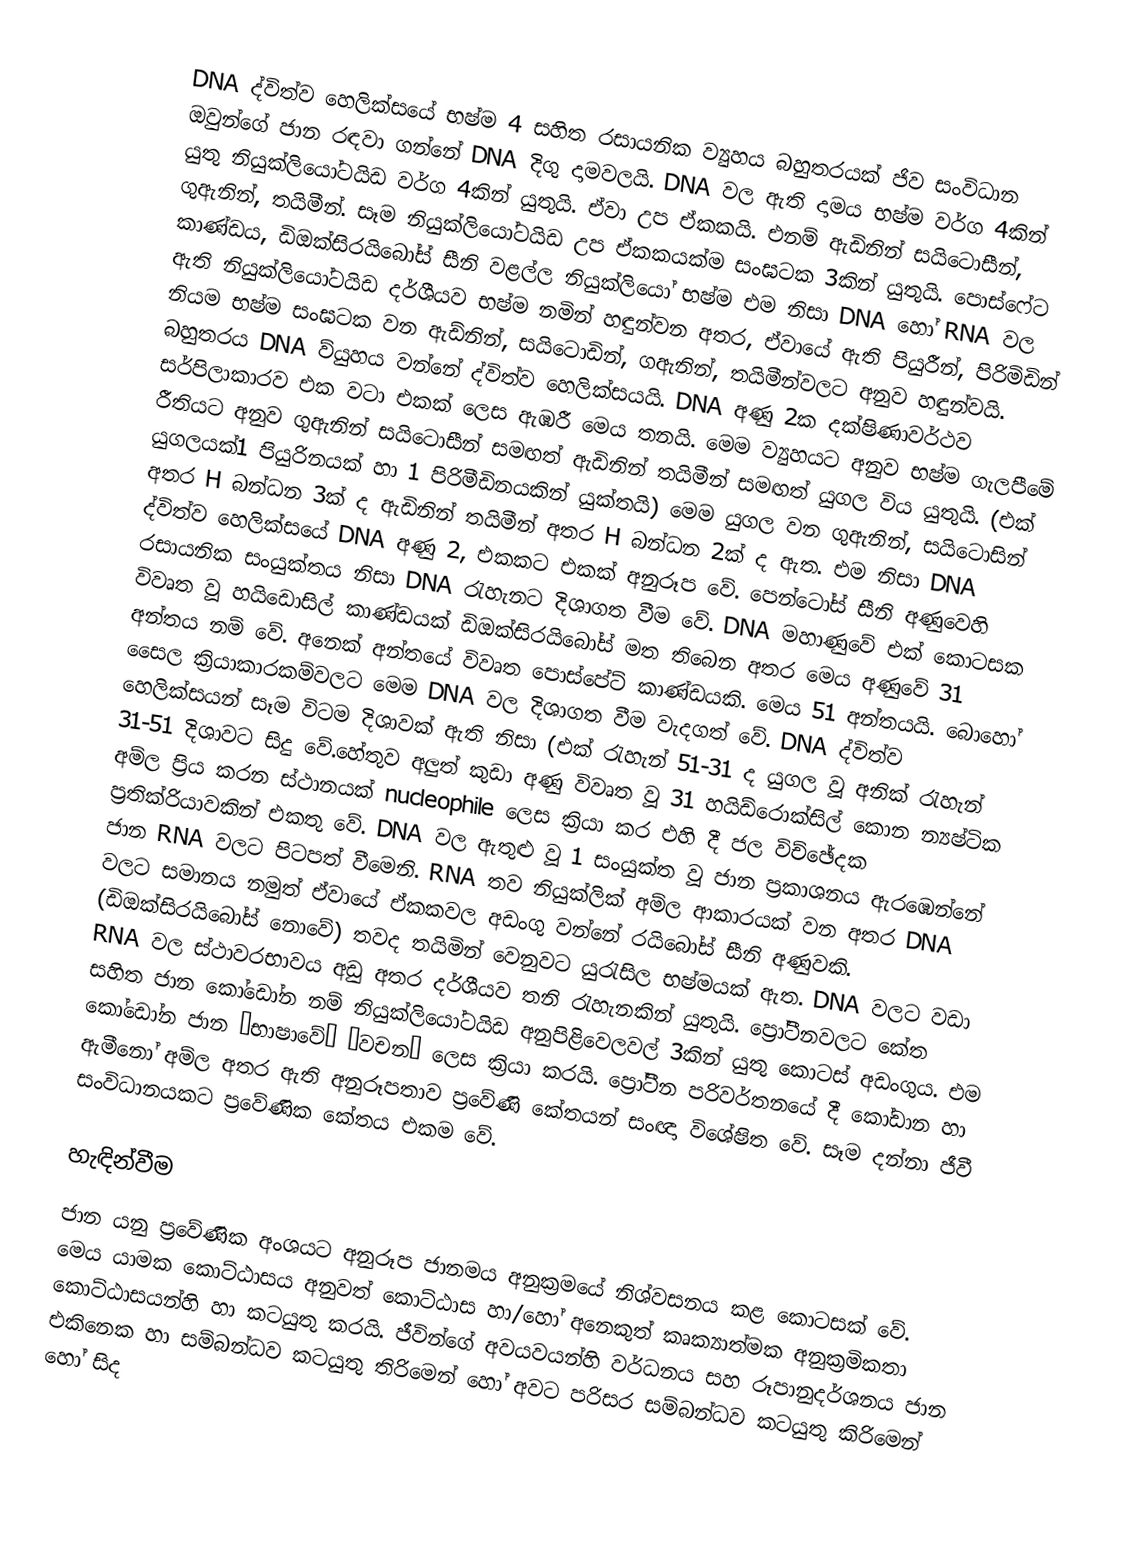
DNA ද්විත්ව හෙලික්සයේ භෂ්ම 4 සහිත රසායනික ව්‍යුහය බහුතරයක් ජිව සංවිධාන ඔවුන්ගේ ජාන රඳවා ගන්නේ DNA දිගු දාමවලයි. DNA වල ඇති දාමය භෂ්ම වර්ග 4කින් යුතු නියුක්ලියෝටයිඩ වර්ග 4කින් යුතුයි. ඒවා උප ඒකකයි. එනම් ඇඩිනින් සයිටොසීන්, ගුඇනින්, තයිමීන්. සෑම නියුක්ලියෝටයිඩ උප ඒකකයක්ම සංඝටක 3කින් යුතුයි. පොස්ෆේට කාණ්ඩය, ඩිඔක්සිරයිබෝස් සීනි වළල්ල නියුක්ලියෝ භෂ්ම එම නිසා DNA හෝ RNA වල ඇති නියුක්ලියෝටයිඩ දර්ශීයව භෂ්ම නමින් හඳුන්වන අතර, ඒවායේ ඇති පියුරීන්, පිරිමිඩින් නියම භෂ්ම සංඝටක වන ඇඩ්නින්, සයිටොඩින්, ගඇනින්, තයිමීන්වලට අනුව හඳුන්වයි. බහුතරය DNA ව්යුහය වන්නේ ද්විත්ව හෙලික්සයයි. DNA අණු 2ක දක්ෂිණාවර්ථව සර්පිලාකාරව එක වටා එකක් ලෙස ඇඹරී මෙය තනයි. මෙම ව්‍යුහයට අනුව භෂ්ම ගැලපීමේ රීතියට අනුව ගුඇනින් සයිටොසීන් සමඟත් ඇඩිනින් තයිමීන් සමඟත් යුගල විය යුතුයි. (එක් යුගලයක්1 පියුරිනයක් හා 1 පිරිමීඩිනයකින් යුක්තයි) මෙම යුගල වන ගුඇනින්, සයිටොසින් අතර H බන්ධන 3ක් ද ඇඩිනින් තයිමීන් අතර H බන්ධන 2ක් ද ඇත. එම නිසා DNA ද්විත්ව හෙලික්සයේ DNA අණු 2, එකකට එකක් අනුරූප වේ. පෙන්ටෝස් සීනි අණුවෙහි රසායනික සංයුක්තය නිසා DNA රැහැනට දිශාගත වීම වේ. DNA මහාණුවේ එක් කොටසක විවෘත වූ හයිඩොසිල් කාණ්ඩයක් ඩිඔක්සිරයිබෝස් මත තිබෙන අතර මෙය අණුවේ 31 අන්තය නම් වේ. අනෙක් අන්තයේ විවෘත පොස්පේට් කාණ්ඩයකි. මෙය 51 අන්තයයි. බොහෝ සෛල ක්‍රියාකාරකම්වලට මෙම DNA වල දිශාගත වීම වැදගත් වේ. DNA ද්විත්ව හෙලික්සයන් සෑම විටම දිශාවක් ඇති නිසා (එක් රැහැන් 51-31 ද යුගල වූ අනික් රැහැන් 31-51 දිශාවට සිදු වේ.හේතුව අලුත් කුඩා අණු විවෘත වූ 31 හයිඩ්රොක්සිල් කොන න්‍යෂ්ටික අම්ල ප්‍රිය කරන ස්ථානයක් nucleophile ලෙස ක්‍රියා කර එහි දී ජල විච්ඡේදක ප්‍රතික්රියාවකින් එකතු වේ. DNA වල ඇතුළු වූ 1 සංයුක්ත වූ ජාන ප්‍රකාශනය ඇරඹෙන්නේ ජාන RNA වලට පිටපත් වීමෙනි. RNA තව නියුක්ලික් අම්ල ආකාරයක් වන අතර DNA වලට සමානය නමුත් ඒවායේ ඒකකවල අඩංගු වන්නේ රයිබෝස් සීනි අණුවකි. (ඩිඔක්සිරයිබෝස් නොවේ) තවද තයිමින් වෙනුවට යුරැසිල භෂ්මයක් ඇත. DNA වලට වඩා RNA වල ස්ථාවරභාවය අඩු අතර දර්ශීයව තනි රැහැනකින් යුතුයි. ප්‍රෝටීනවලට කේත සහිත ජාන කෝඩෝන නම් නියුක්ලියෝටයිඩ අනුපිළිවෙලවල් 3කින් යුතු කොටස් අඩංගුය. එම කෝඩෝන ජාන “භාෂාවේ” “වචන” ලෙස ක්‍රියා කරයි. ප්‍රෝටීන පරිවර්තනයේ දී කෝඩාන හා ඇමීනෝ අම්ල අතර ඇති අනුරූපතාව ප්‍රවේණි කේතයන් සංඥා විශේෂිත වේ. සෑම දන්නා ජීවී සංවිධානයකට ප්‍රවේණික කේතය එකම වේ.

හැඳින්වීම
ජාන යනු ප්‍රවේණික අංශයට අනුරූප ජානමය අනුක්‍රමයේ නිශ්වසනය කළ කොටසක් වේ. මෙය යාමක කොට්ඨාසය අනුවත් කොට්ඨාස හා/හෝ අනෙකුත් කෘක්‍යාත්මක අනුක්‍රමිකතා කොට්ඨාසයන්හි හා කටයුතු කරයි. ජීවින්ගේ අවයවයන්හි වර්ධනය සහ රූපානුදර්ශනය ජාන එකිනෙක හා සම්බන්ධව කටයුතු තිරිමෙන් හෝ අවට පරිසර සම්බන්ධව කටයුතු කිරිමෙන් හෝ සිද